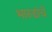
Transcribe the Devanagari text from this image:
भारुडांचे